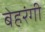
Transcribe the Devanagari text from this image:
बेहरंगी